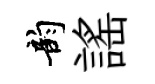
韵謡